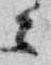
云